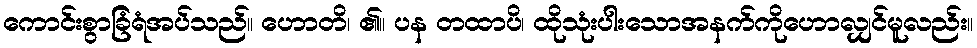
ကောင်းစွာခြံရံအပ်သည်။ ဟောတိ၊ ၏။ ပန တထာပိ၊ ထိုသုံးပါးသောအနက်ကိုဟောလျှင်မူလည်း။